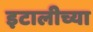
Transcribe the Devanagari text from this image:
इटालीच्या